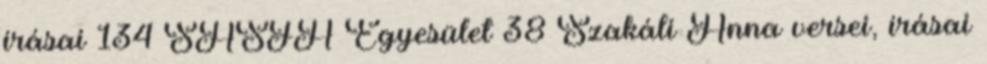
írásai 134 SASFA Egyesület 38 Szakáli Anna versei, írásai